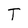
Character: T